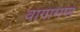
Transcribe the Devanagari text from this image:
वागामण